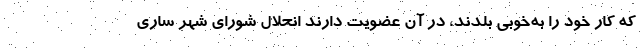
که کار خود را به‌خوبی بلدند، در آن عضویت دارند انحلال شورای شهر ساری